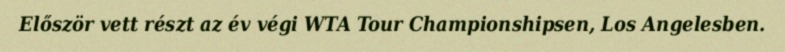
Először vett részt az év végi WTA Tour Championshipsen, Los Angelesben.